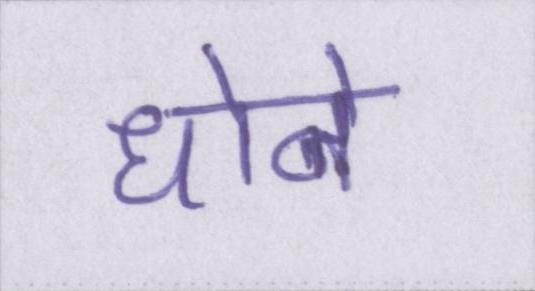
धोने